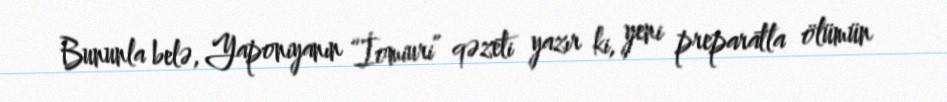
Bununla belə, Yaponiyanın “İomiuri” qəzeti yazır ki, yeni preparatla ölümün